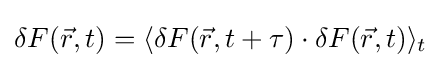
\delta F({\vec {r}},t)=\langle \delta F({\vec {r}},t+\tau )\cdot \delta F({\vec {r}},t)\rangle _{t}